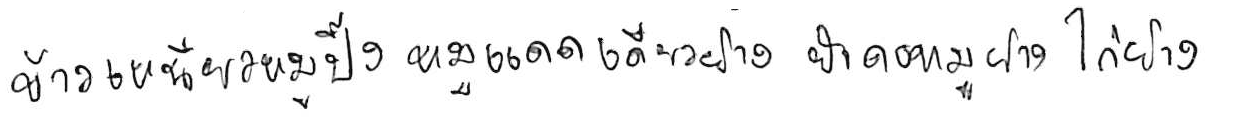
ข้าวเหนียวหมูปิ้ง หมูแดดเดียวย่าง ยำคอหมูย่าง ไก่ย่าง